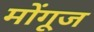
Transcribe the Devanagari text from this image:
मोंगूज